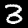
Label: 3